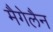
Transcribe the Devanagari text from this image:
मैगेलैन